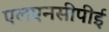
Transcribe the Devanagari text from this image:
एलएनसीपीई